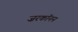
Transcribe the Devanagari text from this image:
ज़रकॉनन